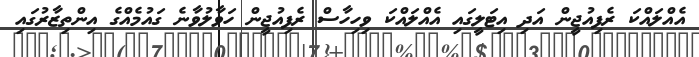
އެއްލައްކަ ރެފިއުޖީން އަދި އިޓަލީގައި އެއްލައްކަ ވިހިހާސް ރެފިއުޖީން ހަވާލުވާނެ ގައުމެއްގެ އިންތިޒާރުގައި